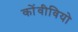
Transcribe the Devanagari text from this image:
कोंवीवियो